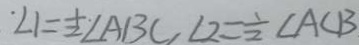
\angle 1 = \frac { 1 } { 2 } \angle A B C , \angle 2 = \frac { 1 } { 2 } \angle A C B